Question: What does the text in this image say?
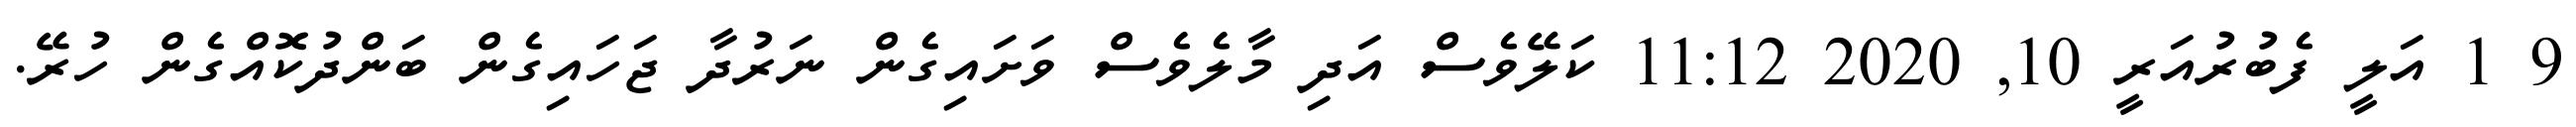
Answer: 9 1 އަލީ ފެބުރުއަރީ 10, 2020 11:12 ކަލޭވެސް އަދި މާލެވެސް ވަށައިގެން ނަރުދާ ޖަހައިގެން ބަންދުކޮއްގެން ހުރޭ.